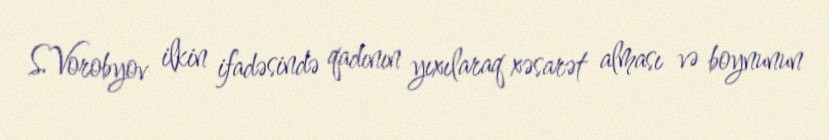
S.Vorobyov ilkin ifadəsində qadının yıxılaraq xəsarət alması və boynunun